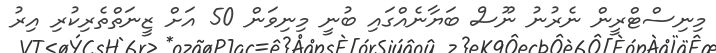
މިނިސްޓްރީން ނެރުނު ނޫސް ބަޔާނެއްގައި ބުނީ މިނިވަން 50 އަށް ޒީނަތްތެރިކުރި އިރު